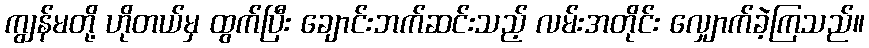
ကျွန်မတို့ ဟိုတယ်မှ ထွက်ပြီး ချောင်းဘက်ဆင်းသည့် လမ်းအတိုင်း လျှောက်ခဲ့ကြသည်။